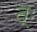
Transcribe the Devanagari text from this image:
त्ः